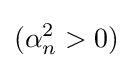
(\alpha _{n}^{2}>0)